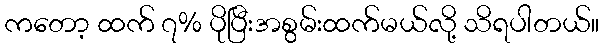
ကတော့ ထက် ၇% ပိုပြီးအစွမ်းထက်မယ်လို့ သိရပါတယ်။